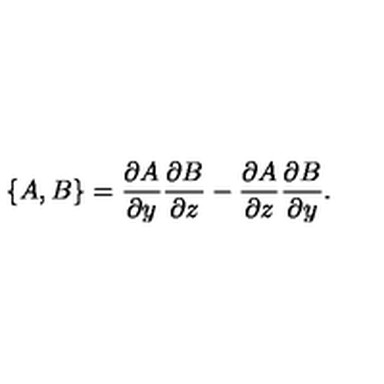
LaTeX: \{ A , B \} = { \frac { \partial A } { \partial y } } { \frac { \partial B } { \partial z } } - { \frac { \partial A } { \partial z } } { \frac { \partial B } { \partial y } } .